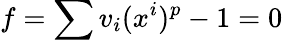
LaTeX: f=\sum v_{i}(x^{i})^{p}-1=0